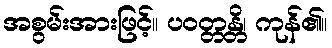
အစွမ်းအားဖြင့်။ ပဝတ္တန္တိ၊ ကုန်၏။